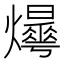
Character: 𤒫